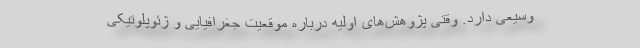
وسیعی دارد. وقتی پژوهش‌های اولیه درباره موقعیت جغرافیایی و ژئوپلوتیکی